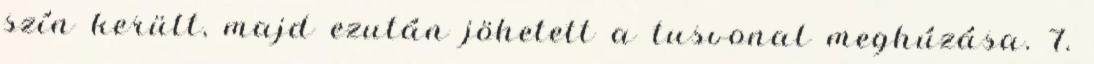
szín került, majd ezután jöhetett a tusvonal meghúzása. 7.